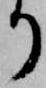
り